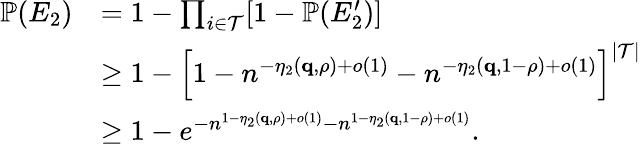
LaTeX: \begin{array}{rl}{{\mathbb P}(E_{2})}&{=1-\prod_{i\in\mathcal{T}}[1-{\mathbb P}(E_{2}^{\prime})]}\\ &{\geq 1-\Big[1-n^{-\eta_{2}(\mathbf{q},\rho)+o(1)}-n^{-\eta_{2}(\mathbf{q},1-\rho)+o(1)}\Big]^{|\mathcal{T}|}}\\ &{\geq 1-e^{-n^{1-\eta_{2}(\mathbf{q},\rho)+o(1)}-n^{1-\eta_{2}(\mathbf{q},1-\rho)+o(1)}}.}\end{array}